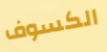
الكسوف